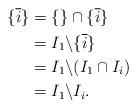
LaTeX: \begin{align*}\{ \overline{i}\} & = \{ \} \cap \{\overline{i} \}\\& = I_1 \backslash \{\overline{i} \} \\& = I_1 \backslash (I_1 \cap I_i) \\& = I_1 \backslash I_i.\end{align*}